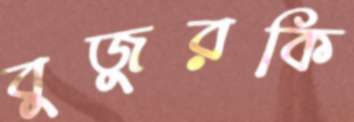
বুজুরকি